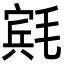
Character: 𬇄